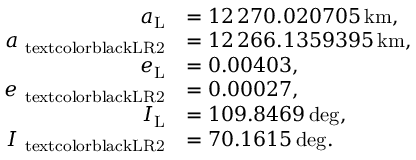
\begin{array} { r l } { a _ { \mathrm { L } } } & { = 1 2 \, 2 7 0 . 0 2 0 7 0 5 \, \mathrm { k m } , } \\ { a _ { \mathrm { \ t e x t c o l o r { b l a c k } { L R 2 } } } } & { = 1 2 \, 2 6 6 . 1 3 5 9 3 9 5 \, \mathrm { k m } , } \\ { e _ { \mathrm { L } } } & { = 0 . 0 0 4 0 3 , } \\ { e _ { \mathrm { \ t e x t c o l o r { b l a c k } { L R 2 } } } } & { = 0 . 0 0 0 2 7 , } \\ { I _ { \mathrm { L } } } & { = 1 0 9 . 8 4 6 9 \, \mathrm { d e g } , } \\ { I _ { \mathrm { \ t e x t c o l o r { b l a c k } { L R 2 } } } } & { = 7 0 . 1 6 1 5 \, \mathrm { d e g } . } \end{array}